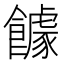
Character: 𲋠